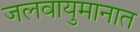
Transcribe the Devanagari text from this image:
जलवायुमानात